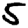
Digit: 5